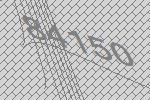
84150